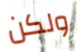
ولكن